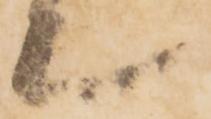
上